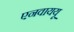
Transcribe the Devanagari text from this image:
एनवाययू